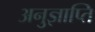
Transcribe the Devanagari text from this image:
अनुज्ञाप्ति